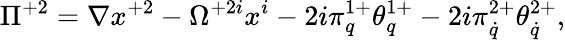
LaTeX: \Pi^{+2}=\nabla x^{+2}-\Omega^{+2i}x^{i}-2i\pi_{q}^{1+}\theta_{q}^{1+}-2i\pi_{\dot{q}}^{2+}\theta_{\dot{q}}^{2+},